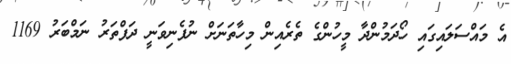
އެ މައްސަލައިގައި ހޯދަމުންދާ މީހުންގެ ތެރެއިން މިހާތަނަށް ނުފެނިވަނީ ދަފްތަރު ނަމްބަރު 1169